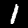
Digit: 1